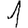
Digit: 1